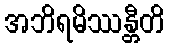
အဘိရမိဿန္တီတိ